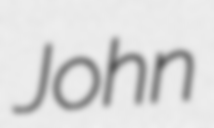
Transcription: John